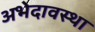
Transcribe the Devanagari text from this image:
अभेदावस्था